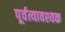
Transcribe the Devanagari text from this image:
पूर्वत्यावश्यक